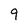
Character: 9